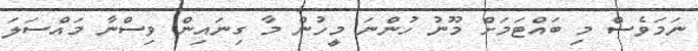
ނަމަވެސް މި ބައްޓަމަށް މޫނު ހުންނަ މީހުން މާ ގިނައިން ވިސްނާ މައްސަލަ